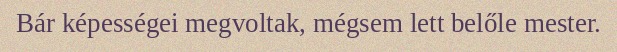
Bár képességei megvoltak, mégsem lett belőle mester.